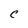
Character: C